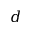
d